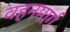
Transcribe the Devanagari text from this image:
वहनमार्ग